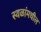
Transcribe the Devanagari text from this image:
स्थळांमधील